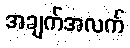
အချက်အလက်